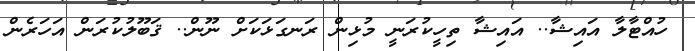
ހުއްޓާލާ އައިޝާ.. އައިޝާ ތިހީކުރަނީ މުޅިން ރަނގަޅަކަށް ނޫން.. ޤަބޫލުކުރަން އަހަރެން